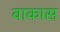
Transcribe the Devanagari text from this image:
वाकास